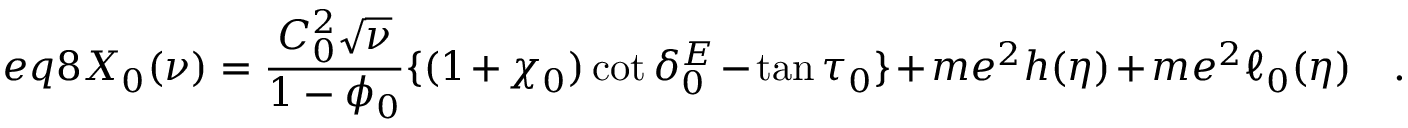
e q 8 X _ { 0 } ( \nu ) = \frac { C _ { 0 } ^ { 2 } \sqrt { \nu } } { 1 - \phi _ { 0 } } \{ ( 1 + \chi _ { 0 } ) \cot \delta _ { 0 } ^ { E } - \tan \tau _ { 0 } \} + m e ^ { 2 } h ( \eta ) + m e ^ { 2 } \ell _ { 0 } ( \eta ) \quad .